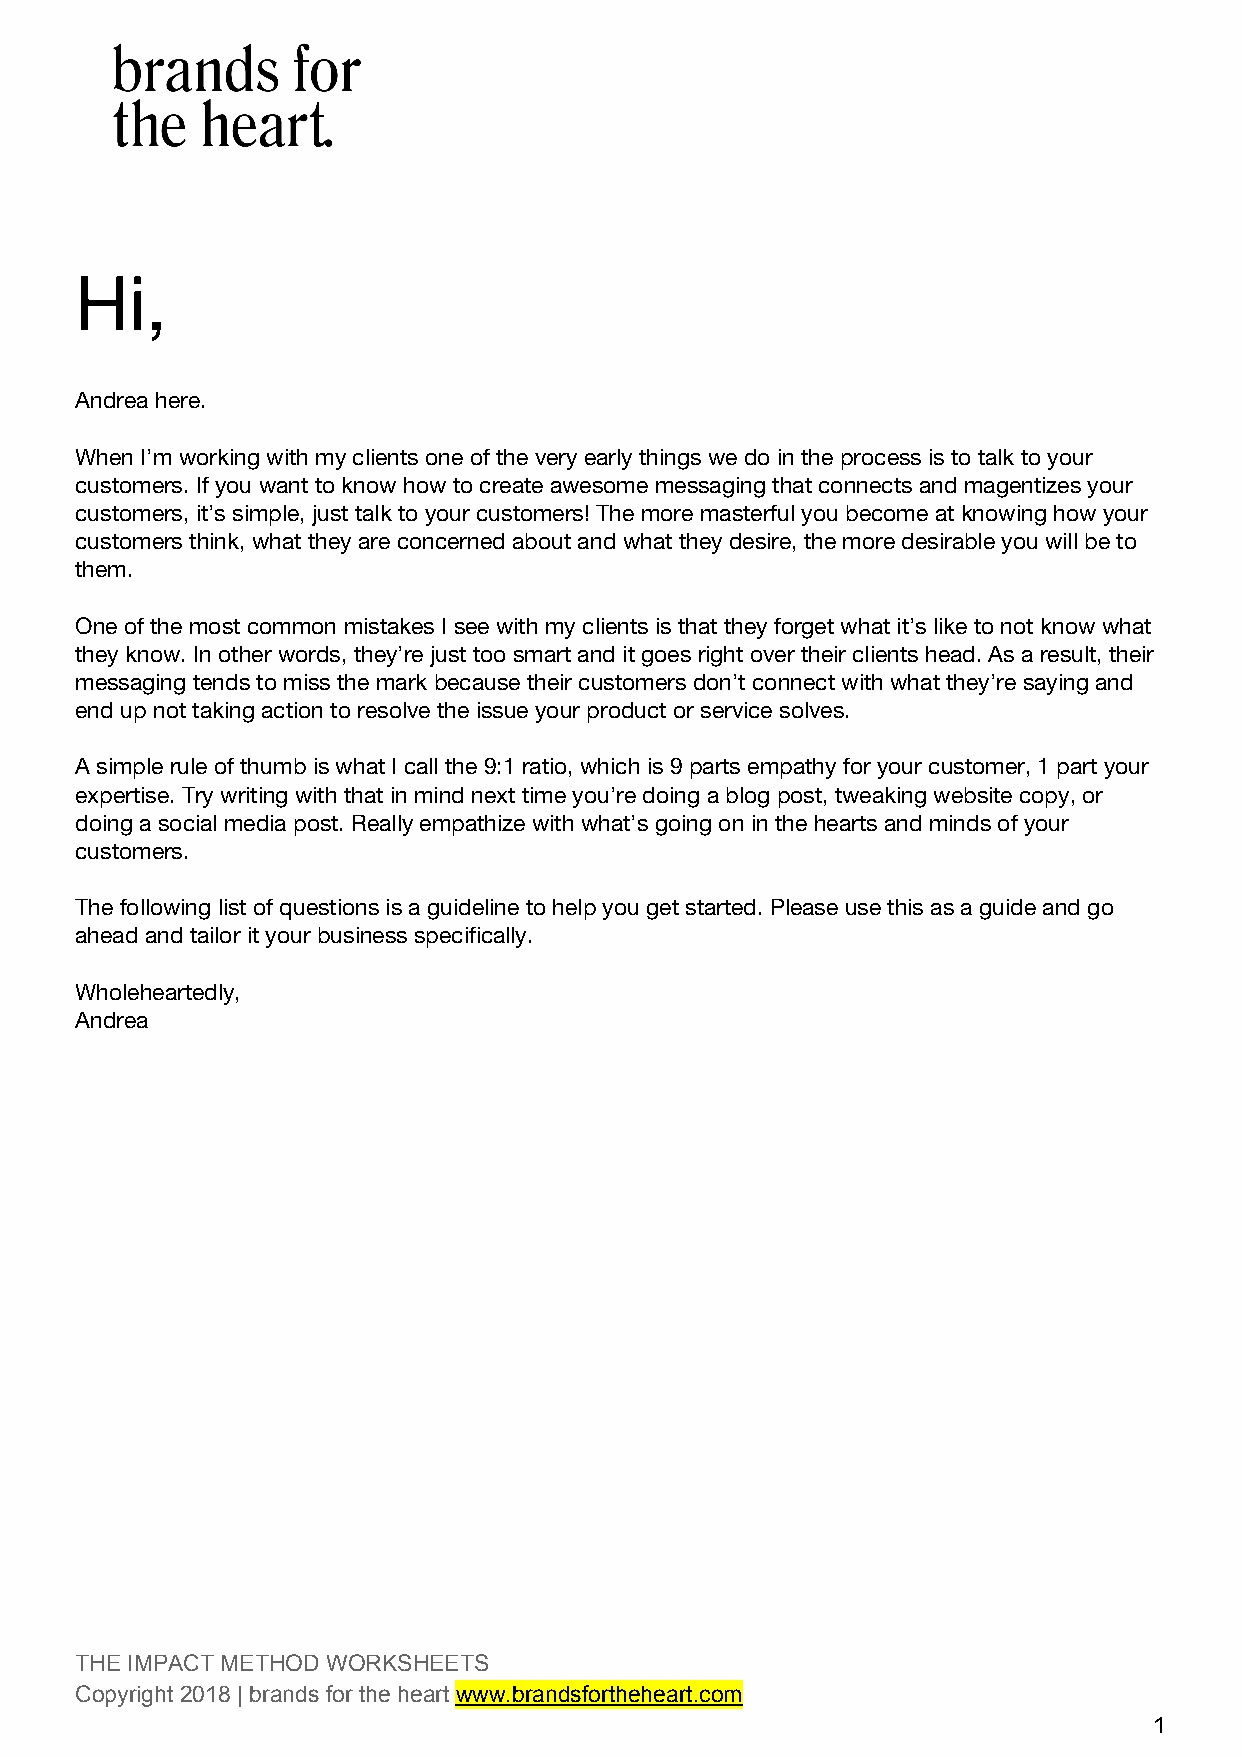
Hi,
 Andrea here.
 When I’m working with my clients one of the very early things we do in the process is to talk to your
 customers. If you want to know how to create awesome messaging that connects and magentizes your
 customers, it’s simple, just talk to your customers! The more masterful you become at knowing how your
 customers think, what they are concerned about and what they desire, the more desirable you will be to
 them.
 One of the most common mistakes I see with my clients is that they forget what it’s like to not know what
 they know. In other words, they’re just too smart and it goes right over their clients head. As a result, their
 messaging tends to miss the mark because their customers don’t connect with what they’re saying and
 end up not taking action to resolve the issue your product or service solves.
 A simple rule of thumb is what I call the 9:1 ratio, which is 9 parts empathy for your customer, 1 part your
 expertise. Try writing with that in mind next time you’re doing a blog post, tweaking website copy, or
 doing a social media post. Really empathize with what’s going on in the hearts and minds of your
 customers.
 The following list of questions is a guideline to help you get started. Please use this as a guide and go
 ahead and tailor it your business specifically.
 Wholeheartedly,
 Andrea
 The
 THE IMPACT METHOD WORKSHEETS
 Copyright 2018 | brands for the heart www.brandsfortheheart.com
 ​
 1